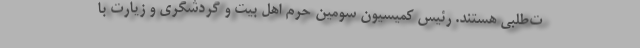
ت‌طلبی هستند. رئیس کمیسیون سومین حرم اهل بیت و گردشگری و زیارت با